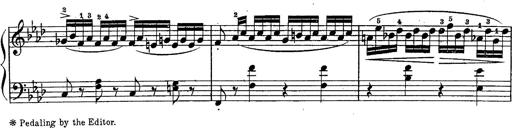
Title: Schubert's Impromptus [revised and edited by Franz Liszt]
Composer: Franz Liszt